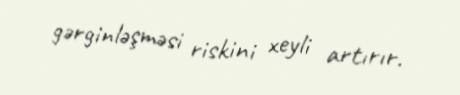
gərginləşməsi riskini xeyli artırır.